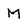
Character: M